V__Kingissepa_nim__kolhoos, lk 43
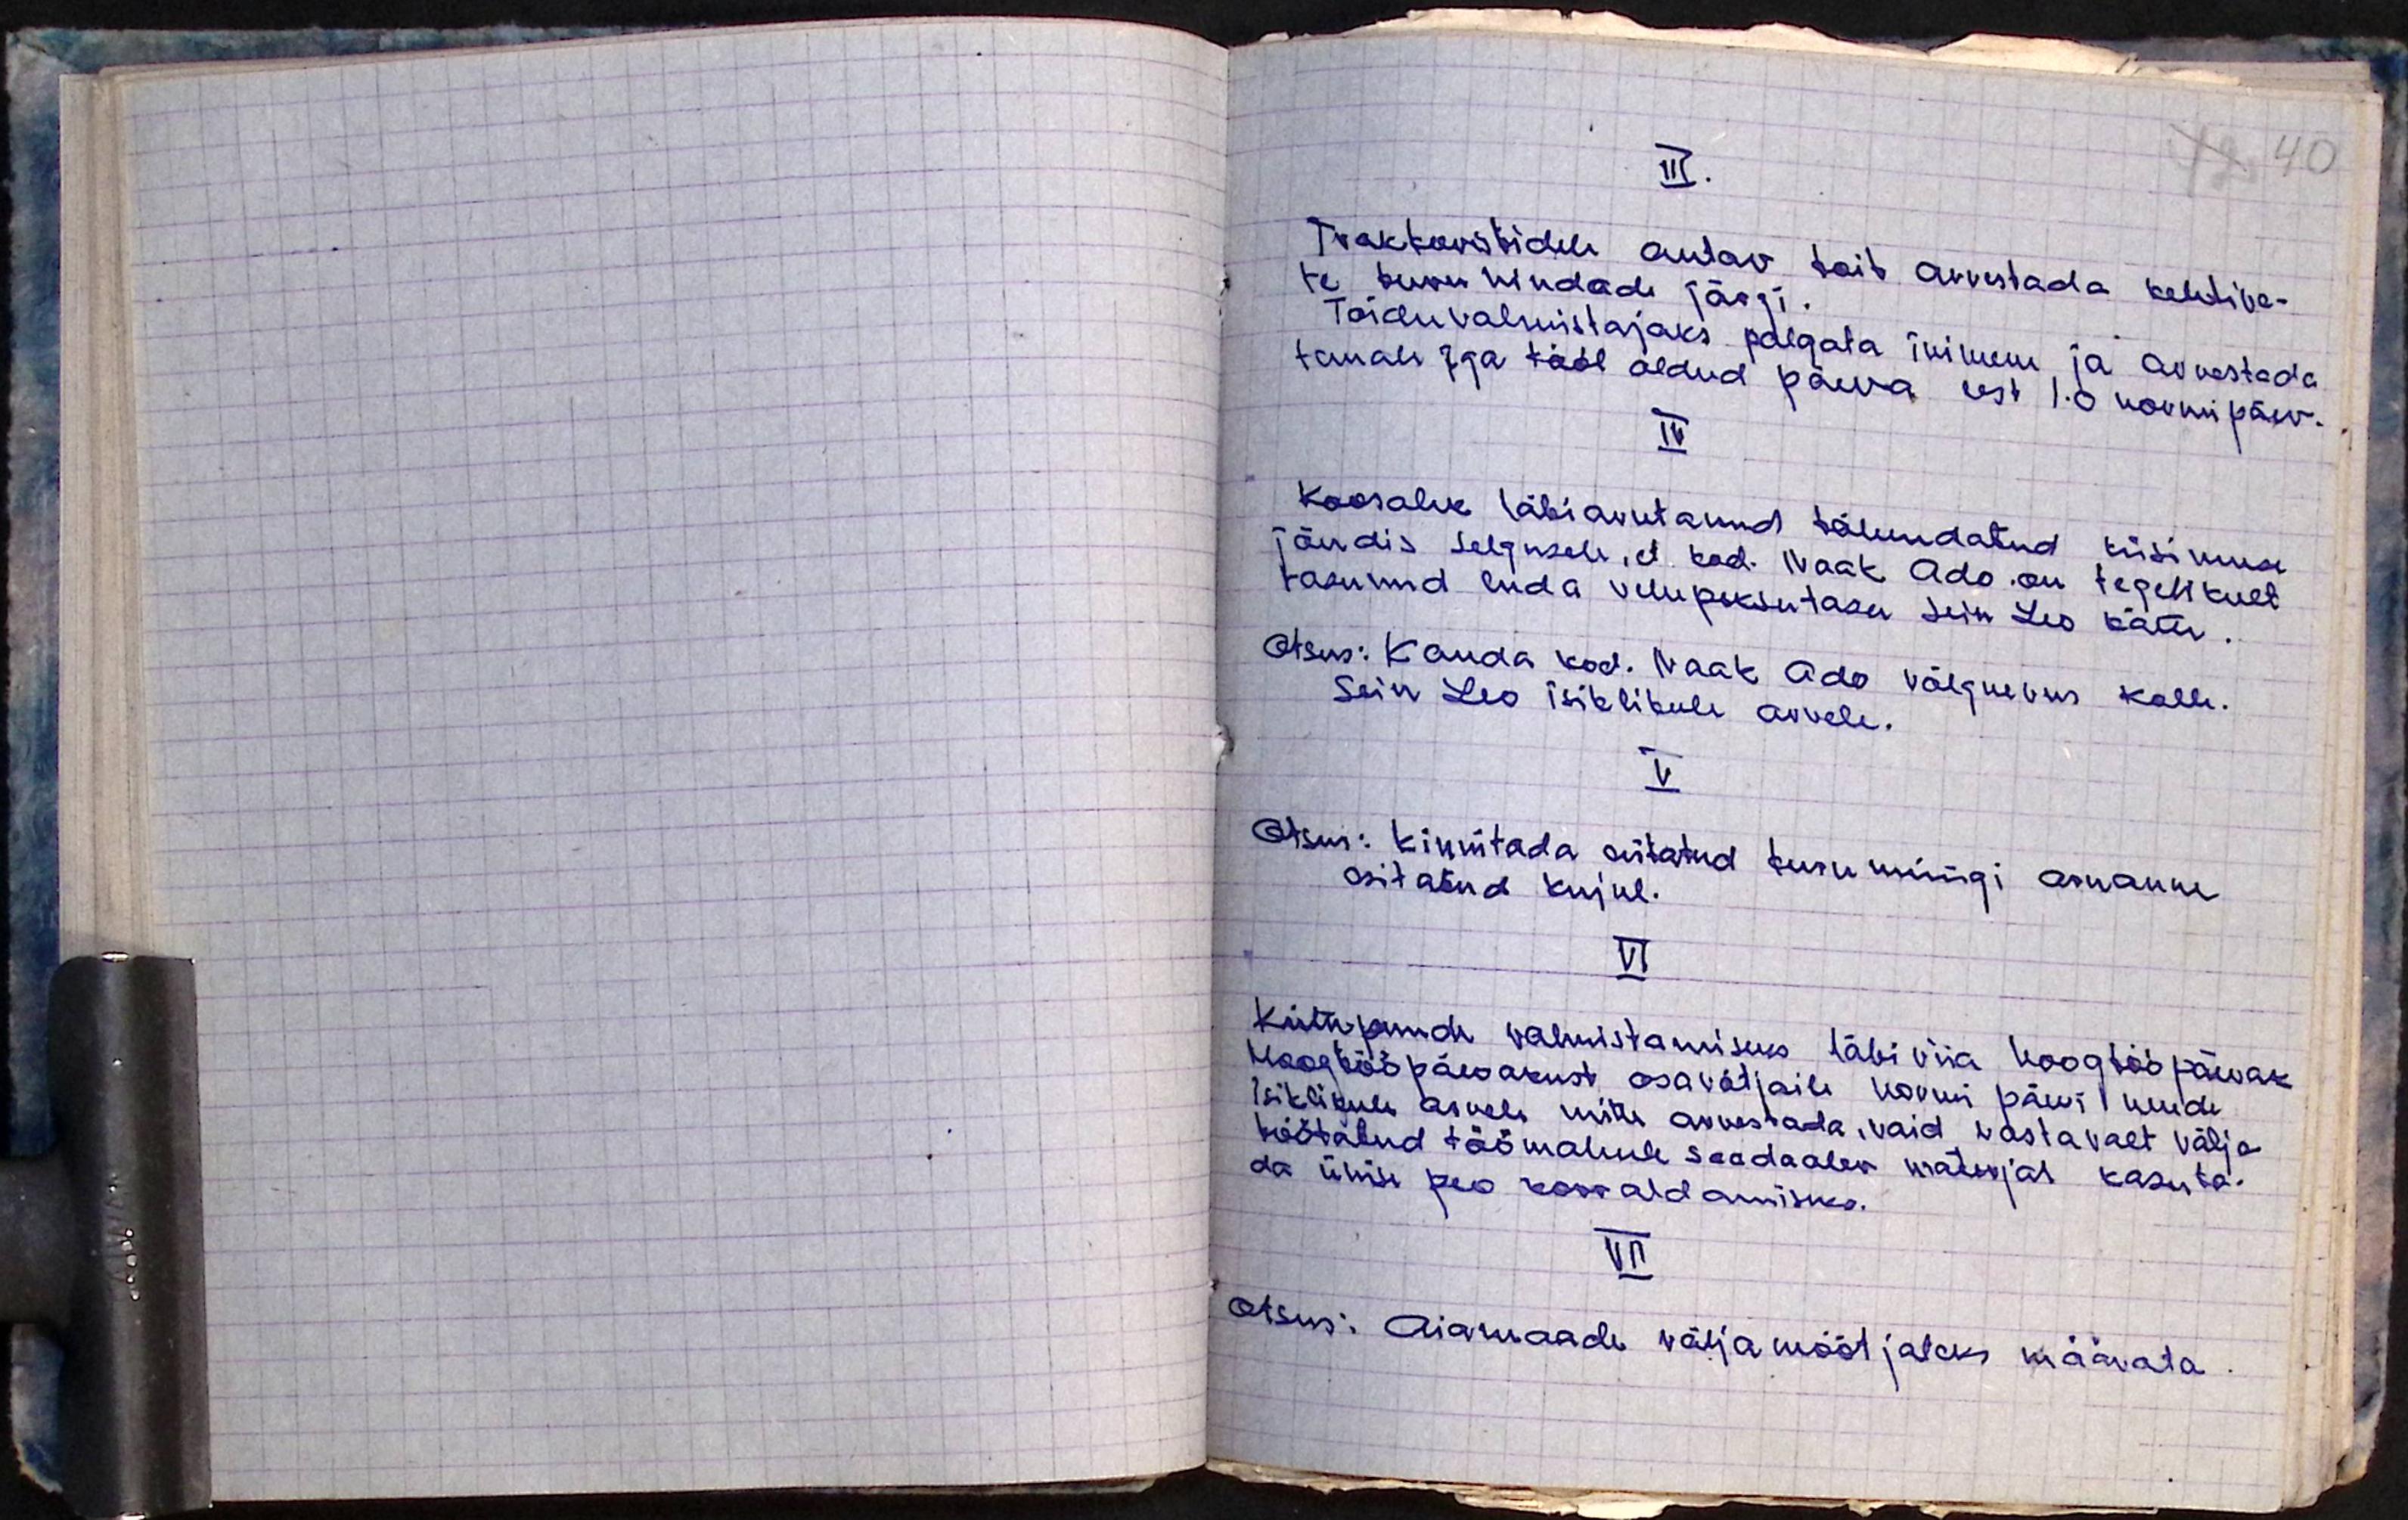
III.
Traktoristidele antav toit arvestada kehtiva-
te turu hindade järgi.
Toiduvalmistajaks palgata inimene ja arvestada
temale iga tööl oldud päeva eest 1.0 normipäev.
IV
Koosolek läbiarutanud tähendatud küsimusi
jõudis selgusele, et kod. Naak Ado on tegelikult
tasunud enda rehepeksu tasu Sein Leo kätte
Otsus: Kanda kod. Naak Ado võlgnevus Kalle.
Sein Leo isiklikule arvele.
V.
Otsus: Kinnitada esitatud turu müügi aruanne
esitatud kujul.
VI
Küttepuude valmistamiseks läbi viia hoogtööpäevak
Hoogtööpäevakust osavõtjaile normi päevi 1 uude
isiklikule arvele mitte arvestada, vaid vastavalt välja
töötatud töömahule saadaolev materjal kasuta-
da ühise peo korraldamiseks.
VII
Otsus: Aiamaade väljamõõtjateks määrata